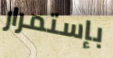
بإستمرار